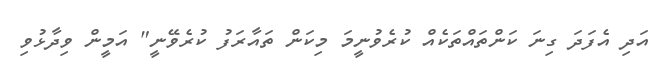
އަދި އެފަދަ ގިނަ ކަންތައްތަކެއް ކުރެވުނީމަ މިކަން ތައާރަފު ކުރެވޭނީ" އަމީން ވިދާޅުވި